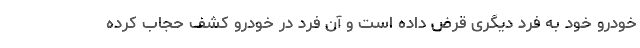
خودرو خود به فرد دیگری قرض داده است و آن فرد در خودرو کشف حجاب کرده